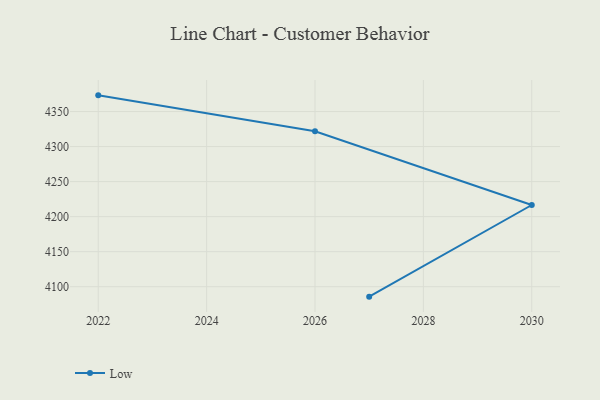
{"axis": {"x": "Year", "y": "Inventory Turnover"}, "legend": ["Low"], "data": [{"x": "2027", "y": 4085.8, "type": "Low"}, {"x": "2030", "y": 4216.6, "type": "Low"}, {"x": "2026", "y": 4321.9, "type": "Low"}, {"x": "2022", "y": 4373.1, "type": "Low"}]}